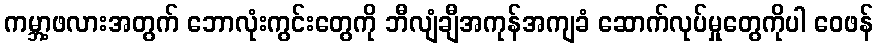
ကမ္ဘာ့ဖလားအတွက် ဘောလုံးကွင်းတွေကို ဘီလျံချီအကုန်အကျခံ ဆောက်လုပ်မှုတွေကိုပါ ဝေဖန်